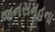
જનસમૂહના